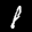
Label: 8